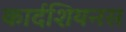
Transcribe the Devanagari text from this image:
कार्दशियनस